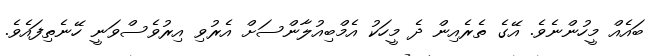
ބައެއް މީހުންނެވެ. އޭގެ ތެރެއިން ދެ މީހަކު އެމްބިއުލާންސަށް އެރުވި އިރުވެސްވަނީ ހޭނެތިފައެވެ.